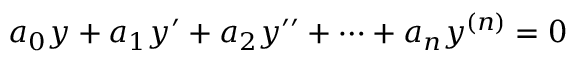
a _ { 0 } y + a _ { 1 } y ^ { \prime } + a _ { 2 } y ^ { \prime \prime } + \cdots + a _ { n } y ^ { ( n ) } = 0